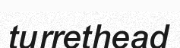
turrethead